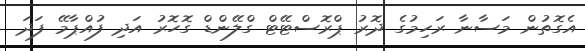
އެގޮތުން މަސާނާ ރަހިމުގެ ދޮރު ޕްރޮސްޓޭޓް ގްލޭންޑް ގޮހޮރު އަދި ފުއްޕާމޭ ފަދަ